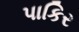
પાકિર